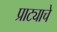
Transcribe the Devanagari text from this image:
प्राट्याचे